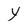
Character: Y